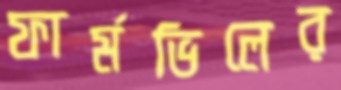
ফার্মভিলের